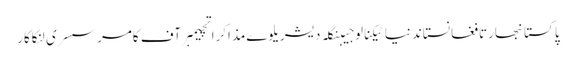
پاکستانبھارتافغانستاندنیاٹیکنالوجیبنگلہ دیشریلوےمذاکراتچیمبر آف کامرسسری لنکاکار